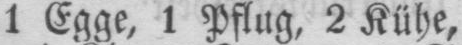
1 Egge, 1 Pflug, 2 Kühe,